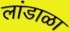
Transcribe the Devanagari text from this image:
लांडाळा